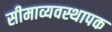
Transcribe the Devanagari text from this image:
सीमाव्यवस्थापक